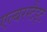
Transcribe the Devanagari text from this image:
एल्बरस्टैड्ट